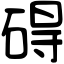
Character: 碍